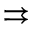
\rightrightarrows